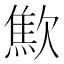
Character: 𣤚